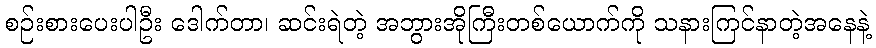
စဉ်းစားပေးပါဦး ဒေါက်တာ၊ ဆင်းရဲတဲ့ အဘွားအိုကြီးတစ်ယောက်ကို သနားကြင်နာတဲ့အနေနဲ့